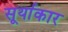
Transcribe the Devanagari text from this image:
सूर्याकार